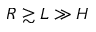
R \gtrsim L \gg H